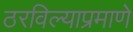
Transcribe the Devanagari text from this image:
ठरविल्याप्रमाणे